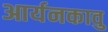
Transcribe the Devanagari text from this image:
आर्यनकावु